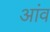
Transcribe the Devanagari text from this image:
अांव